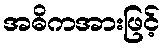
အဓိကအားဖြင့်